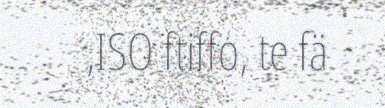
,ISO ftiffo, te fä